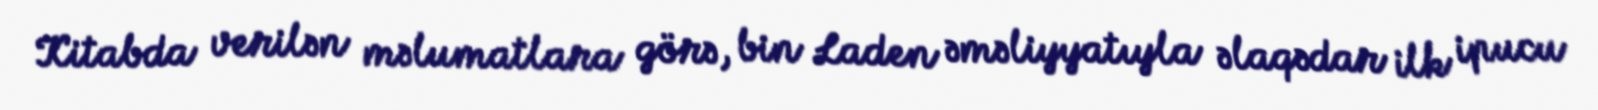
Kitabda verilən məlumatlara görə, bin Laden əməliyyatıyla əlaqədar ilk ipucu